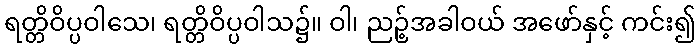
ရတ္တိဝိပ္ပဝါသေ၊ ရတ္တိဝိပ္ပဝါသ၌။ ဝါ၊ ညဉ့်အခါဝယ် အဖော်နှင့် ကင်း၍